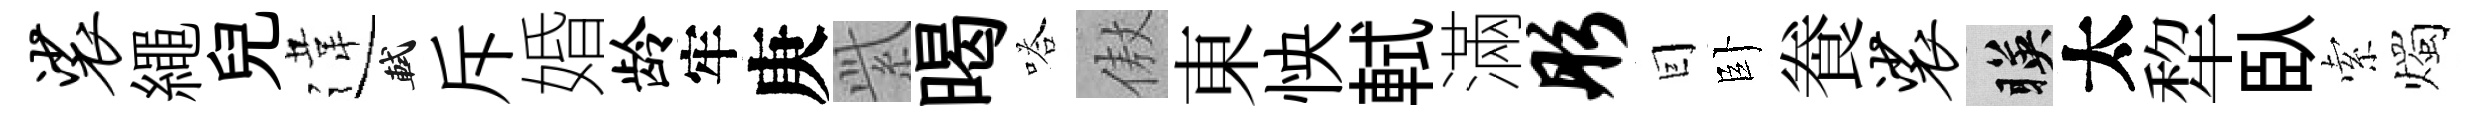
裟繩兒違軾斥婚龄牢庚𬗋暍嗒傲東怏軾滿彤囙卧飬裟暎太犂臥索燭